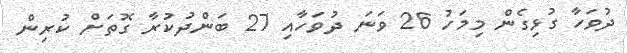
ދުވަހާ ގުޅިގެން މިމަހު 26 ވަނަ ދުވަހާއި 27 ބަންދުކުރާ ގޮތަށް ކުރިން